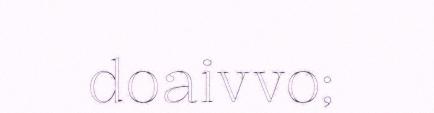
doaivvo;